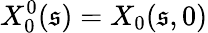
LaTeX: X_{0}^{0}(\mathfrak{s})=X_{0}(\mathfrak{s},0)